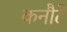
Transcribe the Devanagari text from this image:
कनौटे